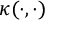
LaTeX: \kappa ( \cdot , \cdot )